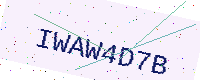
Text: IWAW4D7B